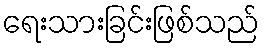
ရေးသားခြင်းဖြစ်သည်